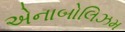
એનાબોલિઝમ